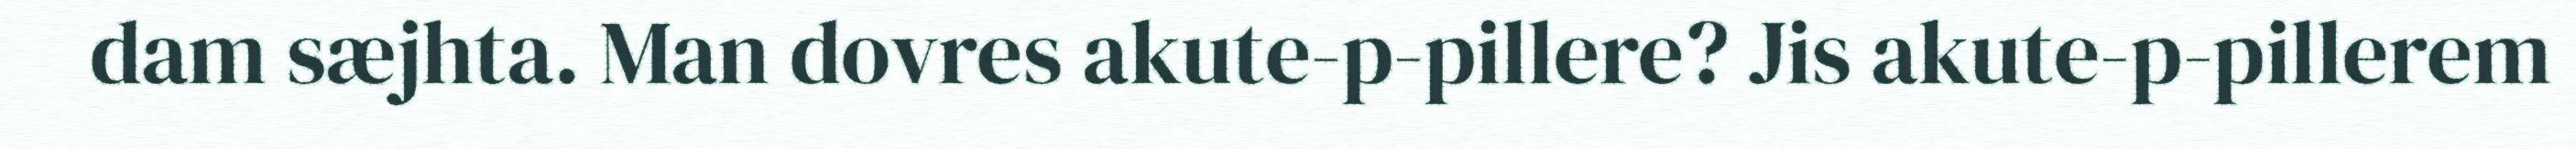
dam sæjhta. Man dovres akute-p-pillere? Jis akute-p-pillerem